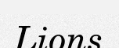
Lions